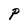
Character: P